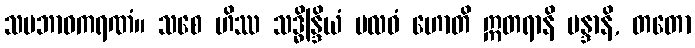
သမဘာဝကရဏံ။ သစေ ဟိဿ သဒ္ဓိန္ဒြိယံ ဗလဝံ ဟောတိ ဣတရာနိ မန္ဒာနိ, တတော